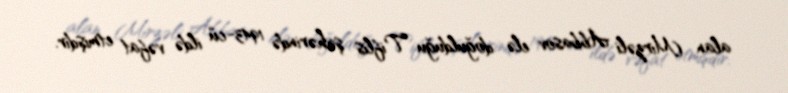
alan Mirzəli Abbasov elə doğulduğu Tiflis şəhərində 1943-cü ildə vəfat etmişdir.